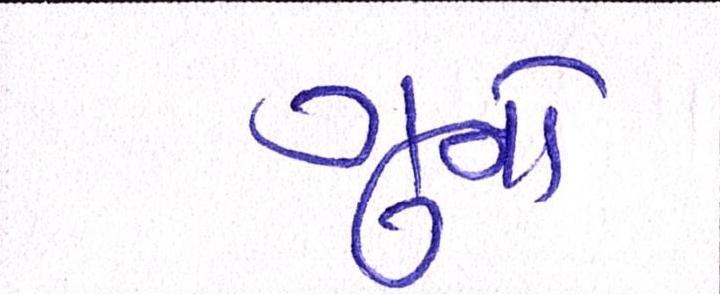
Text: ગુનો